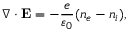
\nabla \cdot { \bf E } = - \frac { e } { \varepsilon _ { 0 } } ( n _ { e } - n _ { i } ) ,